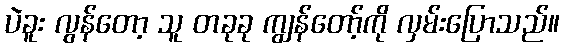
ပဲခူး လွန်တော့ သူ တခုခု ကျွန်တော့်ကို လှမ်းပြောသည်။